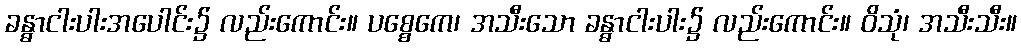
ခန္ဓာငါးပါးအပေါင်း၌ လည်းကောင်း။ ပစ္စေကေ၊ အသီးသော ခန္ဓာငါးပါး၌ လည်းကောင်း။ ဝိသုံ၊ အသီးသီး။